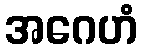
အဂေဟံ